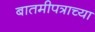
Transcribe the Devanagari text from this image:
बातमीपत्राच्या